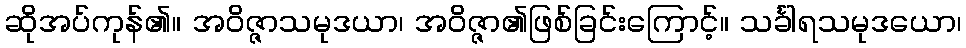
ဆိုအပ်ကုန်၏။ အဝိဇ္ဇာသမုဒယာ၊ အဝိဇ္ဇာ၏ဖြစ်ခြင်းကြောင့်။ သင်္ခါရသမုဒယော၊